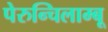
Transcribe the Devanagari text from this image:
पेरुन्चिलाम्बू